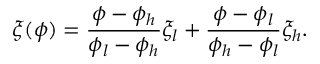
\xi ( \phi ) = \frac { { \phi - { \phi _ { h } } } } { { { \phi _ { l } } - { \phi _ { h } } } } { \xi _ { l } } + \frac { { \phi - { \phi _ { l } } } } { { { \phi _ { h } } - { \phi _ { l } } } } { \xi _ { h } } .